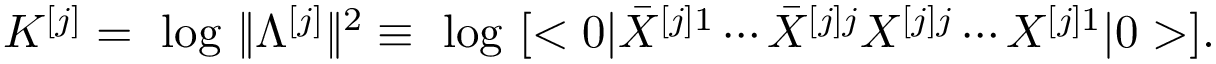
{ \cal K } ^ { [ j ] } = \mathrm { ~ l o g ~ } \| \Lambda ^ { [ j ] } \| ^ { 2 } \equiv \mathrm { ~ l o g ~ } [ < 0 | { \bar { X } } ^ { [ j ] 1 } \cdots { \bar { X } } ^ { [ j ] j } { X } ^ { [ j ] j } \cdots { X } ^ { [ j ] 1 } | 0 > ] .